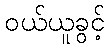
ဝယ်ယူခွင့်